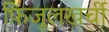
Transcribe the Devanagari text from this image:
फ़िजूलखर्ची